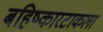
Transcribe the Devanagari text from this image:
बहिष्कारटाकला